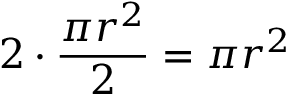
2 \cdot { \frac { \pi r ^ { 2 } } { 2 } } = \pi r ^ { 2 }